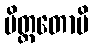
မိတ္တတောပိ